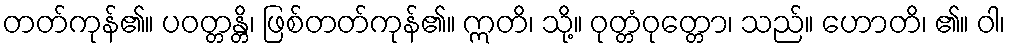
တတ်ကုန်၏။ ပဝတ္တန္တိ၊ ဖြစ်တတ်ကုန်၏။ ဣတိ၊ သို့။ ဝုတ္တံဝုတ္တော၊ သည်။ ဟောတိ၊ ၏။ ဝါ၊